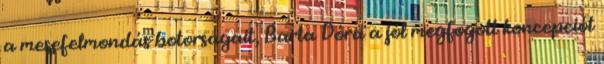
a mesefelmondás botorságait, Barta Dóra a jól megfogott koncepciót